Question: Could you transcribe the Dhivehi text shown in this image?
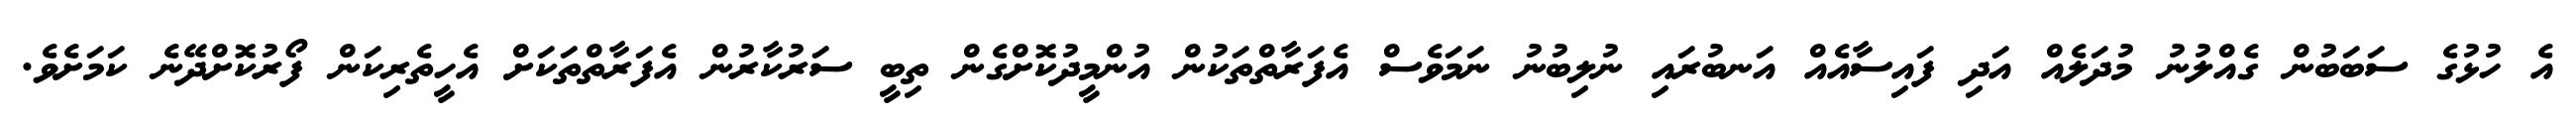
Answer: އެ ހުޅުގެ ސަބަބުން ގެއްލުނު މުދަލެއް އަދި ފައިސާއެއް އަނބުރައި ނުލިބުނު ނަމަވެސް އެފަރާތްތަކުން އުންމީދުކޮށްގެން ތިބީ ސަރުކާރުން އެފަރާތްތަކަށް އެހީތެރިކަން ފޯރުކޮށްދޭނެ ކަމަށެވެ.